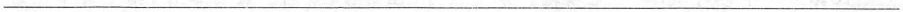
___